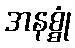
အနစ္စုံ